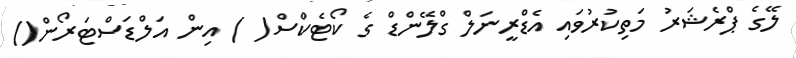
ލޭގެ ޕްރެޝަރު މަތިކުރުވައި އެޑްރީނަލް ގްލޭންޑް ގެ ކޯޓެކްސް( ) އިން އަލްޑަސްޓަރޯން()